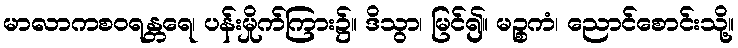
မာလာကစဝရန္တရေ၊ ပန်းမှိုက်ကြား၌။ ဒိသွာ၊ မြင်၍။ မဉ္စကံ၊ ညောင်စောင်းသို့။